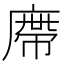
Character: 廗